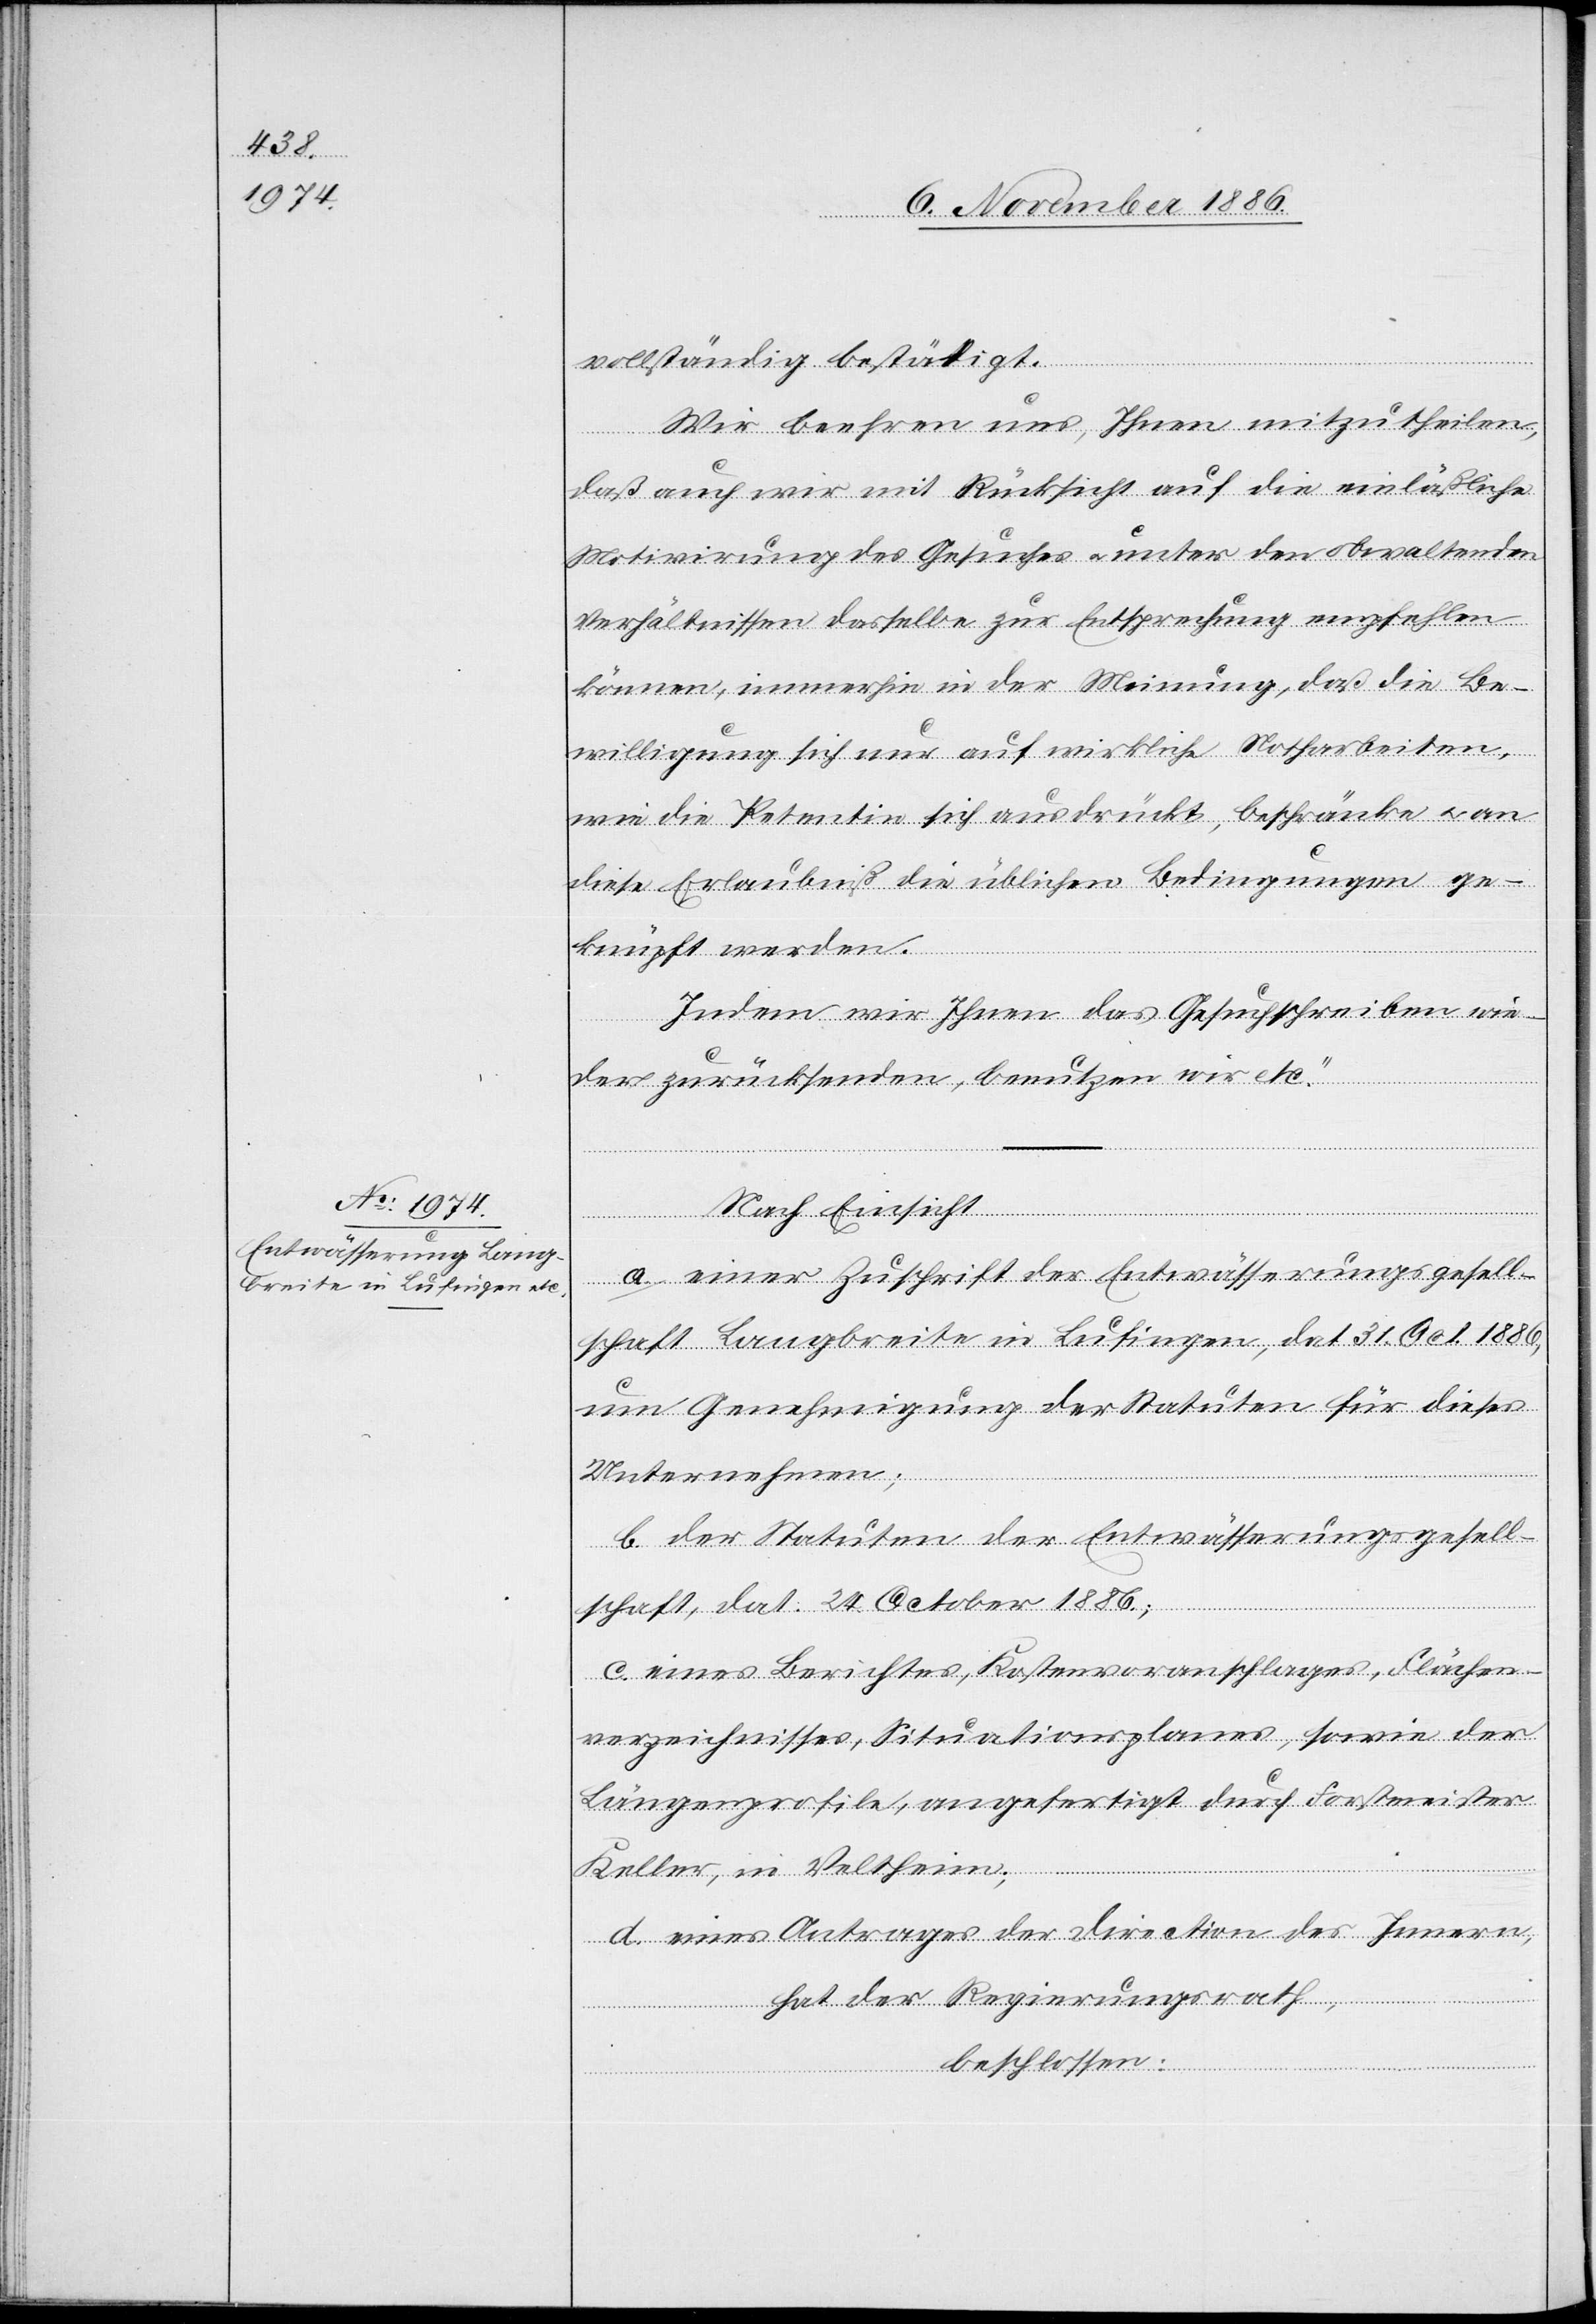
vollständig bestätigt.
Wir beehren uns, Ihnen mitzutheilen,
daß auch wir mit Rücksicht auf die einläßliche
Motivirung des Gesuches & unter den obwaltenden
Verhältnissen dasselbe zur Entsprechung empfehlen
können, immerhin in der Meinung, daß die Be¬
willigung sich nur auf wirkliche Notharbeiten,
wie die Petentin sich ausdrückt, beschränke & an
diese Erlaubniß die üblichen Bedingungen ge¬
knüpft werden.
Indem wir Ihnen das Gesuchschreiben wie¬
der zurücksenden, benutzen wir etc.“
Nach Einsicht
a. einer Zuschrift der Entwässerungsgesell¬
schaft Langbreite in Lufingen, dat. 31. Oct. 1886,
um Genehmigung der Statuten für dieses
Unternehmen;
b. der Statuten der Entwässerungsgesell¬
schaft, dat. 24. October 1886;
c. eines Berichtes, Kostenvoranschlages, Flächen¬
verzeichnisses, Situationsplanes, sowie der
Längenprofile, angefertigt durch Forstmeister
Keller, in Veltheim;
d. eines Antrages der Direction des Innern,
hat der Regierungsrath,
beschlossen: